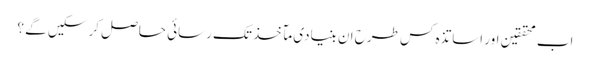
اب محققین اور اساتذہ کس طرح ان بنیادی مآخذ تک رسائی حاصل کر سکیں گے ؟